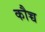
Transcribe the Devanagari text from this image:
कौच्च